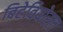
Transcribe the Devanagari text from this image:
बिहेवियोरल